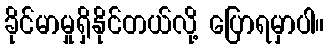
ခိုင်မာမှုရှိနိုင်တယ်လို့ ပြောရမှာပါ။